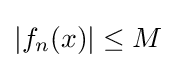
\left|f_{n}(x)\right|\leq M